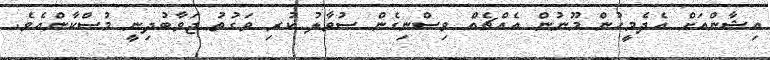
އިޝާންއަށް އެދެމީހުން މޫނުން އެއްޗެއް ވިސްނިގެން ސުވާލު ކުރި ވަގުތު ޖަވާބުދިނީ މުސްކާންއެވެ.